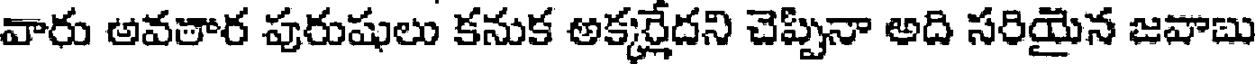
వారు అవతార పురుషులు కనుక అక్కర్లేదని చెప్పినా అది సరియైన జవాబు